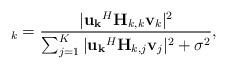
LaTeX: \begin{align*}_k = \frac{|{\bf u_k}^H {\bf H}_{k,k} {\bf v}_k|^2}{\sum_{j=1}^{K} |{\bf u_k}^H {\bf H}_{k,j} {\bf v}_j|^2 + \sigma^2},\end{align*}